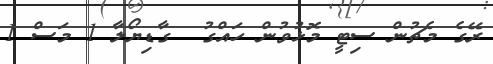
ރޭގެ މެޗުން ސިޓީ މޮޅުވުން ހައްގު  ގާޑިޔޯލާ 1 މަސް 1